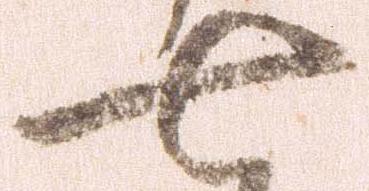
七